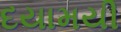
દયામયી